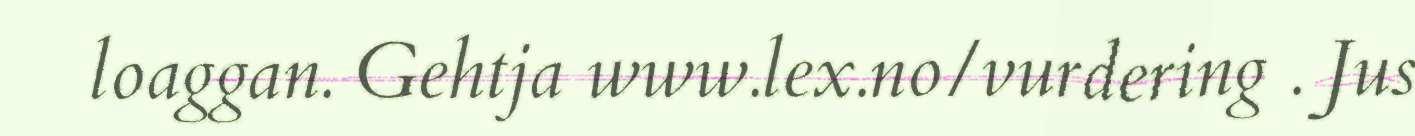
loaggan. Gehtja www.lex.no/vurdering . Jus